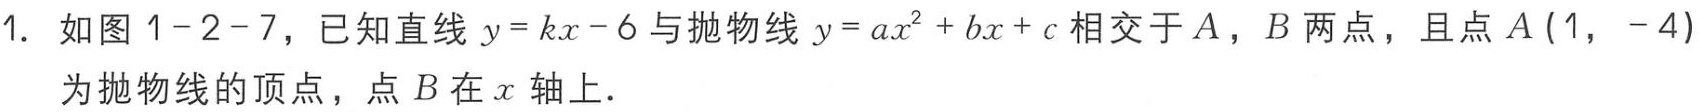
1. 如图 \(1 - 2 - 7\)，已知直线 \(y = kx - 6\) 与抛物线 \(y = ax^{2}+bx + c\) 相交于 \(A\)，\(B\) 两点，且点 \(A(1,-4)\) 为抛物线的顶点，点 \(B\) 在 \(x\) 轴上．